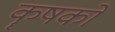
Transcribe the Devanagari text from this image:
कॄषकों